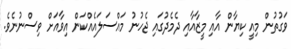
ވަގުތުން މިއީ ކިޔާން އާއި މީޒާއާއި ދެމެދުގައި ޖެހުނު މައްސަލައެއްކަން އިވާއަށް ވިސްނުނެވެ.